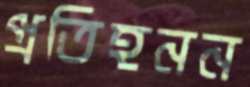
প্রতিহনন